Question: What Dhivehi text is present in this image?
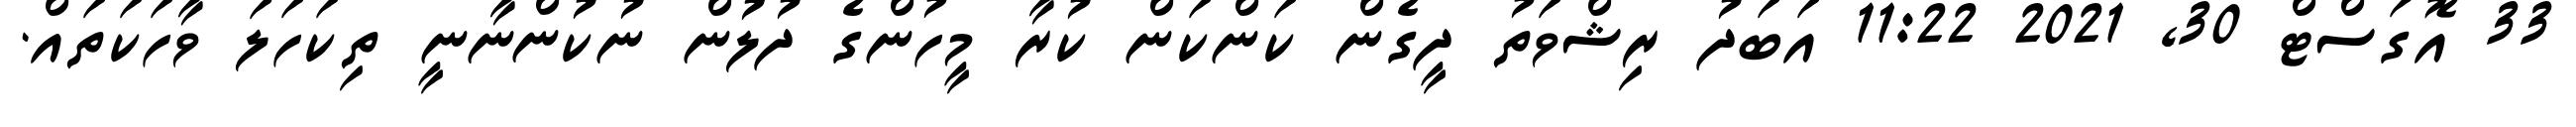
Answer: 33 އޮގަސްޓް 30, 2021 11:22 އަބަދު ރިޝްވަތު ދީގެން ކަންކަން ކުރާ މީހުންގެ ދުލުން ނުކުންނާނީ ތިކަހަލަ ވާހަކަތައް.